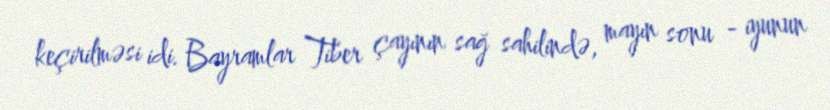
keçirilməsi idi. Bayramlar Tiber çayının sağ sahilində, mayın sonu - iyunun